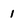
Character: I